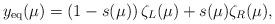
LaTeX: \begin{align*}y_{\rm eq}(\mu) = \left( 1 - s(\mu) \right) \zeta_L(\mu) + s(\mu) \zeta_R(\mu),\end{align*}